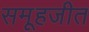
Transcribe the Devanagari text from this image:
समूहजीत